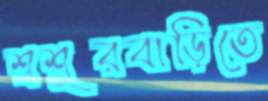
শ্বশুরবাড়িতে